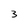
Character: 3